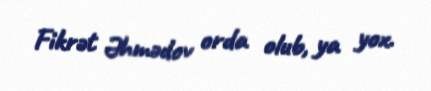
Fikrət Əhmədov orda olub, ya yox.